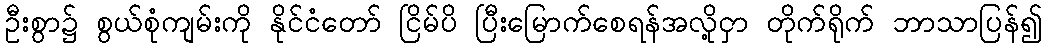
ဦးစွာ၌ စွယ်စုံကျမ်းကို နိုင်ငံတော် ငြိမ်ပိ ပြီးမြောက်စေရန်အလို့ငှာ တိုက်ရိုက် ဘာသာပြန်၍